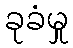
ခုခံမှု